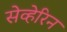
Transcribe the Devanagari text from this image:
सेव्हेरिन